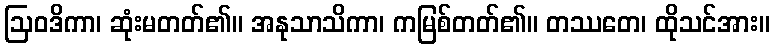
ဩဝဒိကာ၊ ဆုံးမတတ်၏။ အနုသာသိကာ၊ ကမြစ်တတ်၏။ တဿတေ၊ ထိုသင်အား။